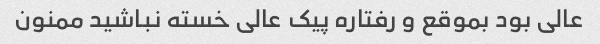
عالی بود بموقع و رفتاره پیک عالی خسته نباشید ممنون